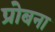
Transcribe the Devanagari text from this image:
प्रोबना